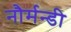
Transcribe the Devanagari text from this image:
नौर्मन्डी